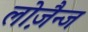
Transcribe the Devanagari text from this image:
लोज़ैन्ज